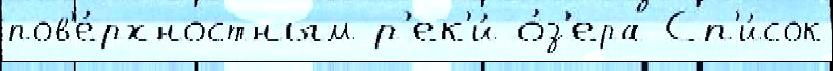
пов'е́рхностным р'ек'и́ о́з'ера Сп'и́сок